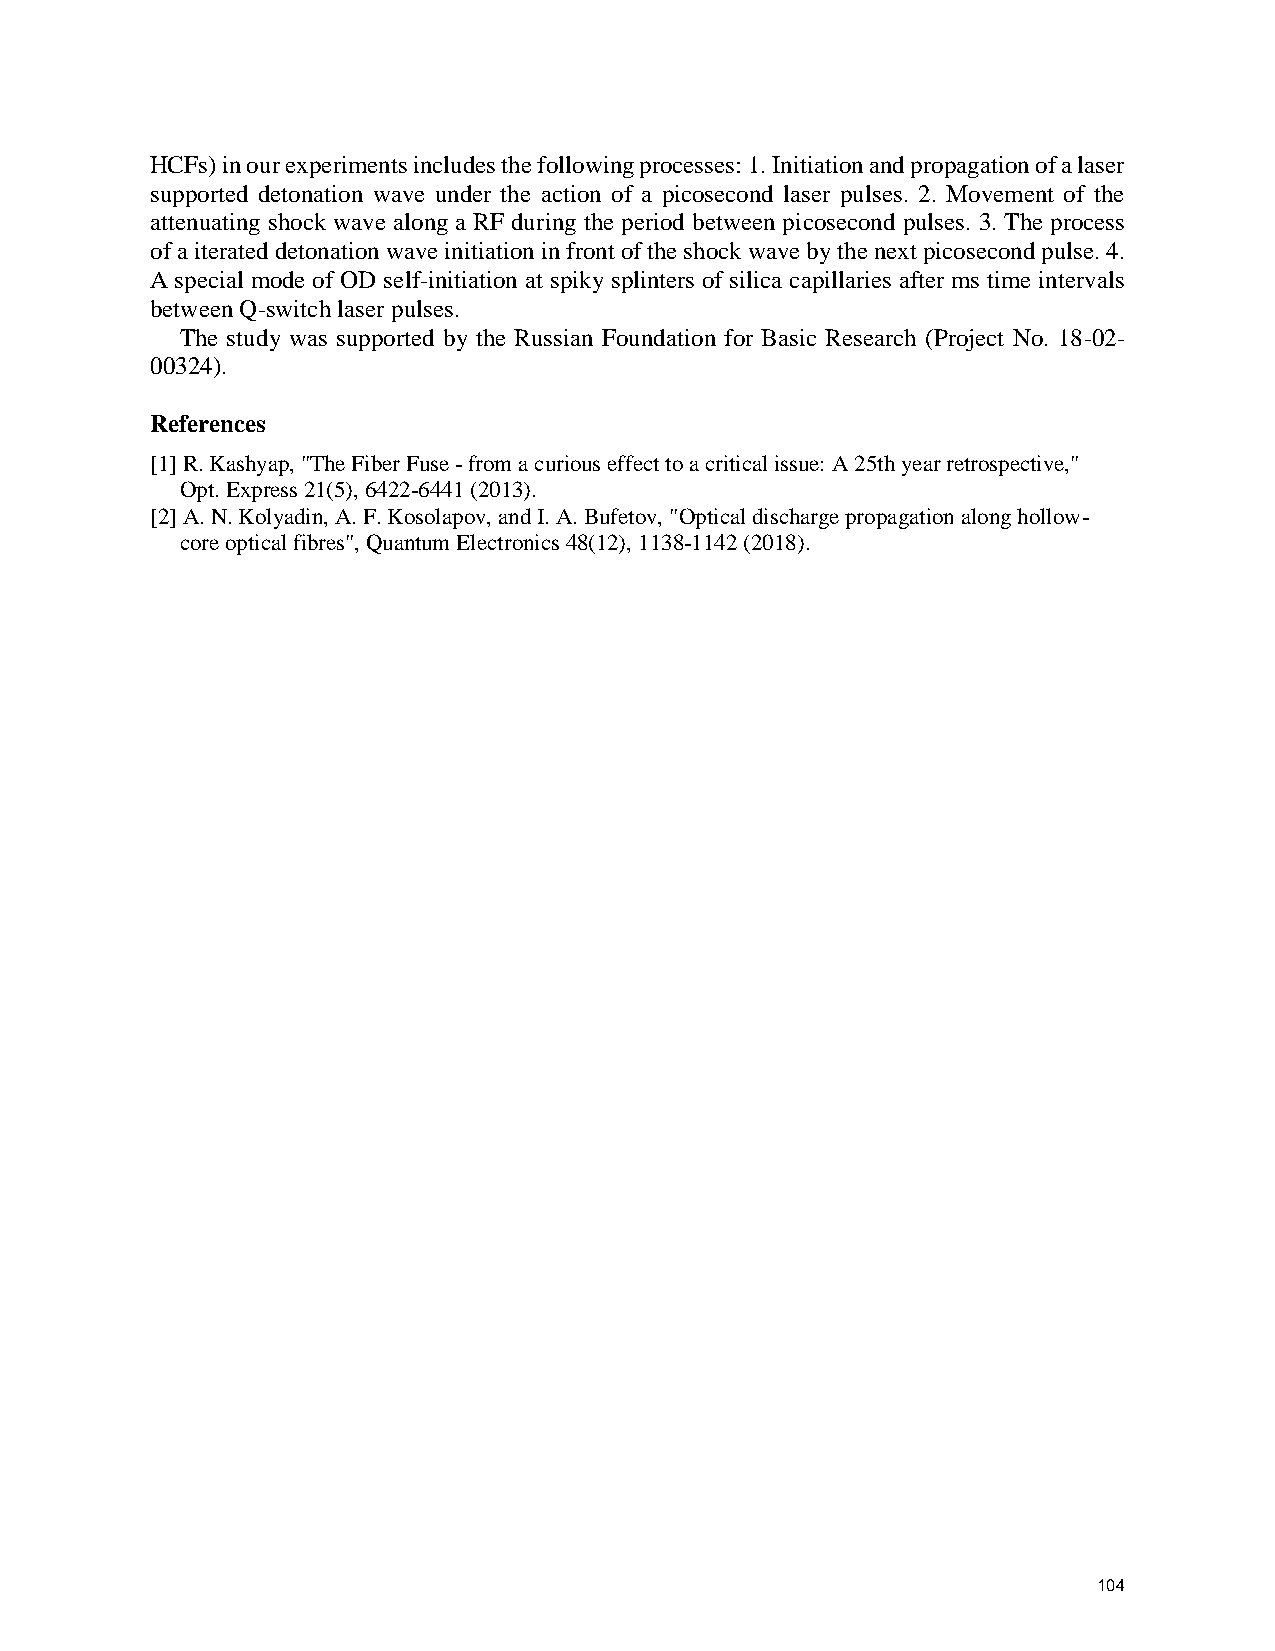
HCFs) in our experiments includes the following processes: 1. Initiation and propagation of a laser
 supported detonation wave under the action of a picosecond laser pulses. 2. Movement of the
 attenuating shock wave along a RF during the period between picosecond pulses. 3. The process
 of a iterated detonation wave initiation in front of the shock wave by the next picosecond pulse. 4.
 A special mode of OD self-initiation at spiky splinters of silica capillaries after ms time intervals
 between Q-switch laser pulses.
 The study was supported by the Russian Foundation for Basic Research (Project No. 18-02-
 00324).
 References
 [1] R. Kashyap, "The Fiber Fuse - from a curious effect to a critical issue: A 25th year retrospective,"
 Opt. Express 21(5), 6422-6441 (2013).
 [2] A. N. Kolyadin, A. F. Kosolapov, and I. A. Bufetov, "Optical discharge propagation along hollow-
 core optical fibres", Quantum Electronics 48(12), 1138-1142 (2018).
 104